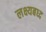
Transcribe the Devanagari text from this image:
लक्ष्यबध्द